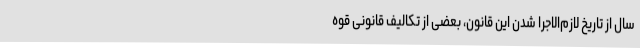
سال از تاریخ لازم‌الاجرا شدن این قانون، بعضی از تکالیف قانونی قوه